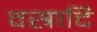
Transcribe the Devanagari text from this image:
वस्रादि